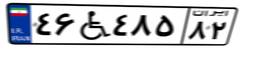
۲۸W۸۱۲۶۱